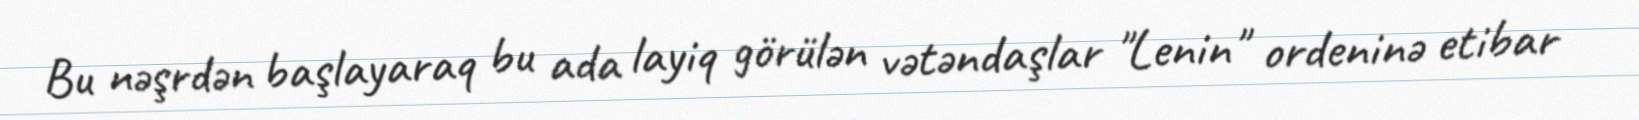
Bu nəşrdən başlayaraq bu ada layiq görülən vətəndaşlar "Lenin" ordeninə etibar